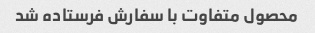
محصول متفاوت با سفارش فرستاده شد